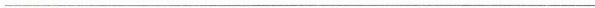
___